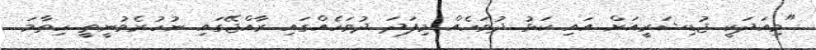
"މިއަދަކީ ޖުޑިޝަރީއަށް އައި ކަޅު ދުވަހެއް މިފަދަ ދުވަހެއްގައި ރާއްޖޭގައި ނުހުރެވުނީތީ ހިތާމަ